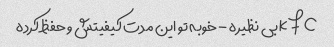
kfc بی نظیره - خوبه تو این مدت کیفیتش و حفظ کرده